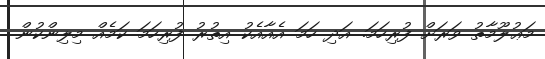
މަޢުލޫމާތު ވަރަށް ފުރިހަމަ. އަދި ހަމަ އެއާއެކު އިތުރު ފުރިހަމަ ކަމެއް މިލިންކުން